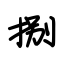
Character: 捌